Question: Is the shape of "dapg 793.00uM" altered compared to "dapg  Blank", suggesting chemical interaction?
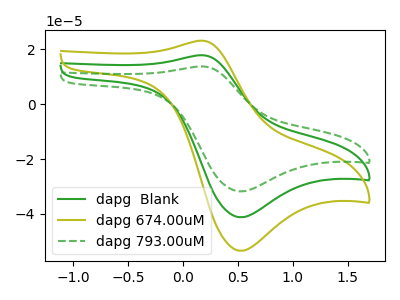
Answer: <think>The green curve "dapg  Blank" has an anodic peak at (0.20V, 17.85uA) and a cathodic peak at (0.50V, -41.20uA). The olive curve "dapg 674.00uM" has an anodic peak at (0.20V, 35.70uA) and a cathodic peak at (0.50V, -82.40uA). The green dashed curve "dapg 793.00uM" has an anodic peak at (0.20V, 13.75uA) and a cathodic peak at (0.50V, -31.80uA).
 All the peaks in "dapg 793.00uM" have a peak in "dapg  Blank" at the same potential. Every peak in "dapg 793.00uM" is lower than every peak in "dapg  Blank".</think>
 <answer>No, "dapg 793.00uM" and "dapg  Blank" don't appear to be significantly different in shape</answer>
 <eval>no_change</eval>